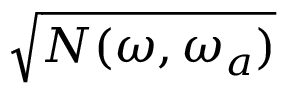
\sqrt { N ( \omega , \omega _ { a } ) }